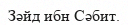
Зәйд ибн Сәбит.